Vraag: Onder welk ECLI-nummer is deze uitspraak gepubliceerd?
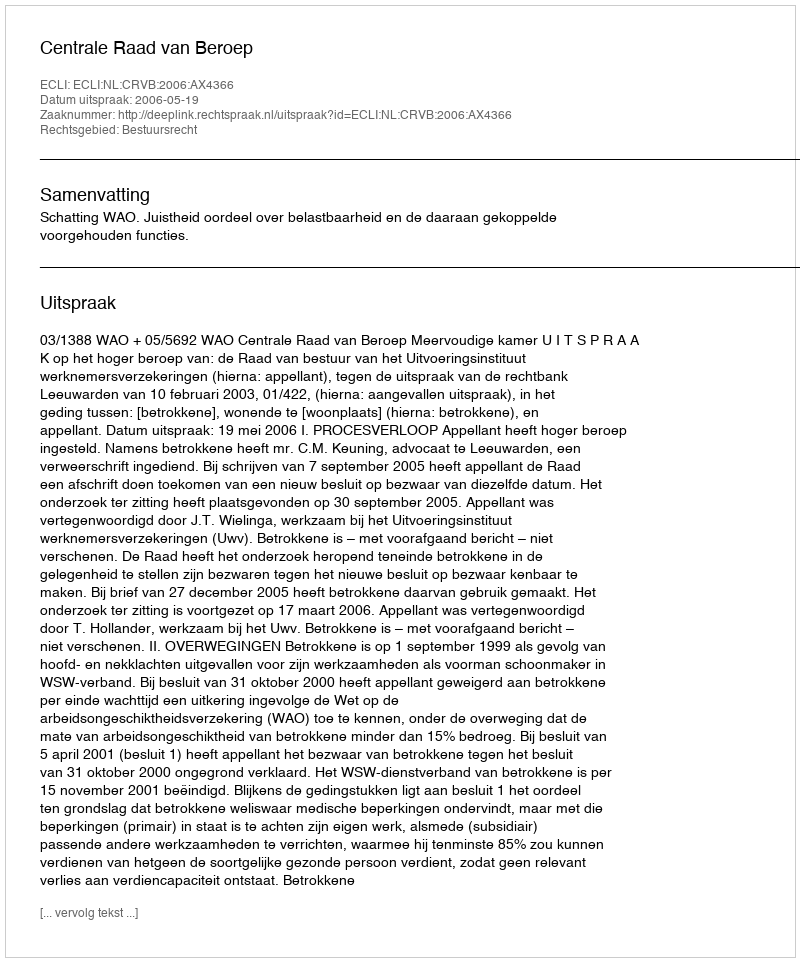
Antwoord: ECLI:NL:CRVB:2006:AX4366